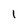
Character: 1